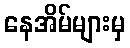
နေအိမ်များမှ